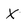
Character: X